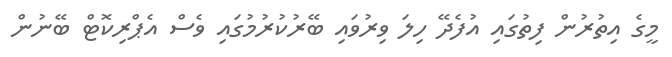
މީގެ އިތުރުން ފިތުގައި އުފެދޭ ހިލަ ވިރުވައި ބޭރުކުރުމުގައި ވެސް އެޕްރިކޮޓް ބޭނުން